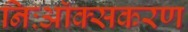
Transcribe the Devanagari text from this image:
निःऑक्सकरण